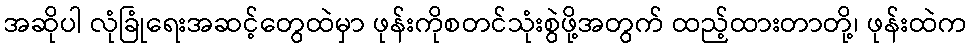
အဆိုပါ လုံခြုံရေးအဆင့်တွေထဲမှာ ဖုန်းကိုစတင်သုံးစွဲဖို့အတွက် ထည့်ထားတာတို့၊ ဖုန်းထဲက